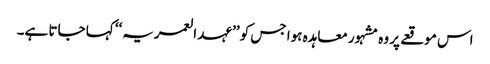
اس موقعے پر وہ مشہور معاہدہ ہوا جس کو ’’عہد العمریہ‘‘ کہا جاتا ہے۔